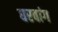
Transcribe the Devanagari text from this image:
घरवांग